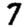
Digit: 7